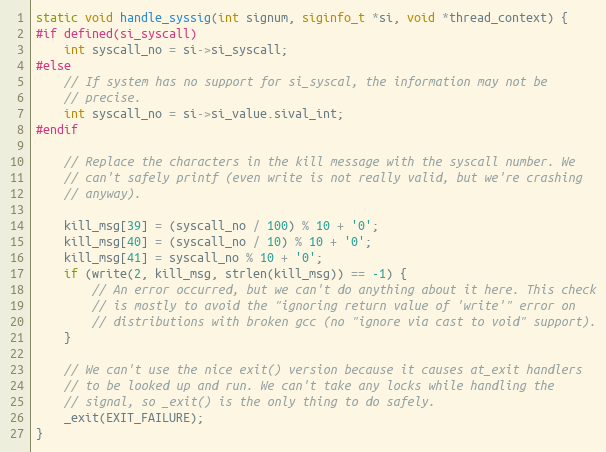
Language: C
static void handle_syssig(int signum, siginfo_t *si, void *thread_context) {
#if defined(si_syscall)
    int syscall_no = si->si_syscall;
#else
    // If system has no support for si_syscal, the information may not be
    // precise.
    int syscall_no = si->si_value.sival_int;
#endif

    // Replace the characters in the kill message with the syscall number. We
    // can't safely printf (even write is not really valid, but we're crashing
    // anyway).

    kill_msg[39] = (syscall_no / 100) % 10 + '0';
    kill_msg[40] = (syscall_no / 10) % 10 + '0';
    kill_msg[41] = syscall_no % 10 + '0';
    if (write(2, kill_msg, strlen(kill_msg)) == -1) {
        // An error occurred, but we can't do anything about it here. This check
        // is mostly to avoid the "ignoring return value of 'write'" error on
        // distributions with broken gcc (no "ignore via cast to void" support).
    }

    // We can't use the nice exit() version because it causes at_exit handlers
    // to be looked up and run. We can't take any locks while handling the
    // signal, so _exit() is the only thing to do safely.
    _exit(EXIT_FAILURE);
}